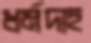
ধর্মদাহ